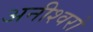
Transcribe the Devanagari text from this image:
अनीश्वरो